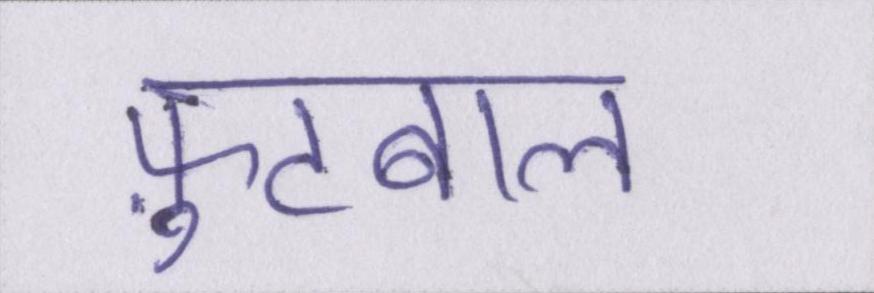
फ़ुटबाल